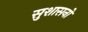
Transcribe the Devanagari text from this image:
सुशासनों